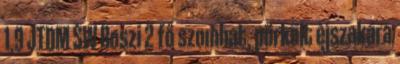
1.9 JTDM SW Boszi 2 fő szombat, pörkölt èjszakára